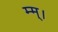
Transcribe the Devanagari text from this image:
म्म्।